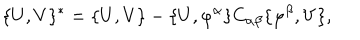
\{ U , V \} ^ { * } = \{ U , V \} - \{ U , \varphi ^ { \alpha } \} C _ { \alpha \beta } \{ \varphi ^ { \beta } , V \} ,